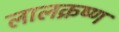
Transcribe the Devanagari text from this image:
लालक्रष्ण